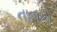
નાનકો